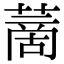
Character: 蔐